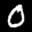
Label: 0